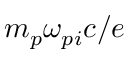
m _ { p } \omega _ { p i } c / e